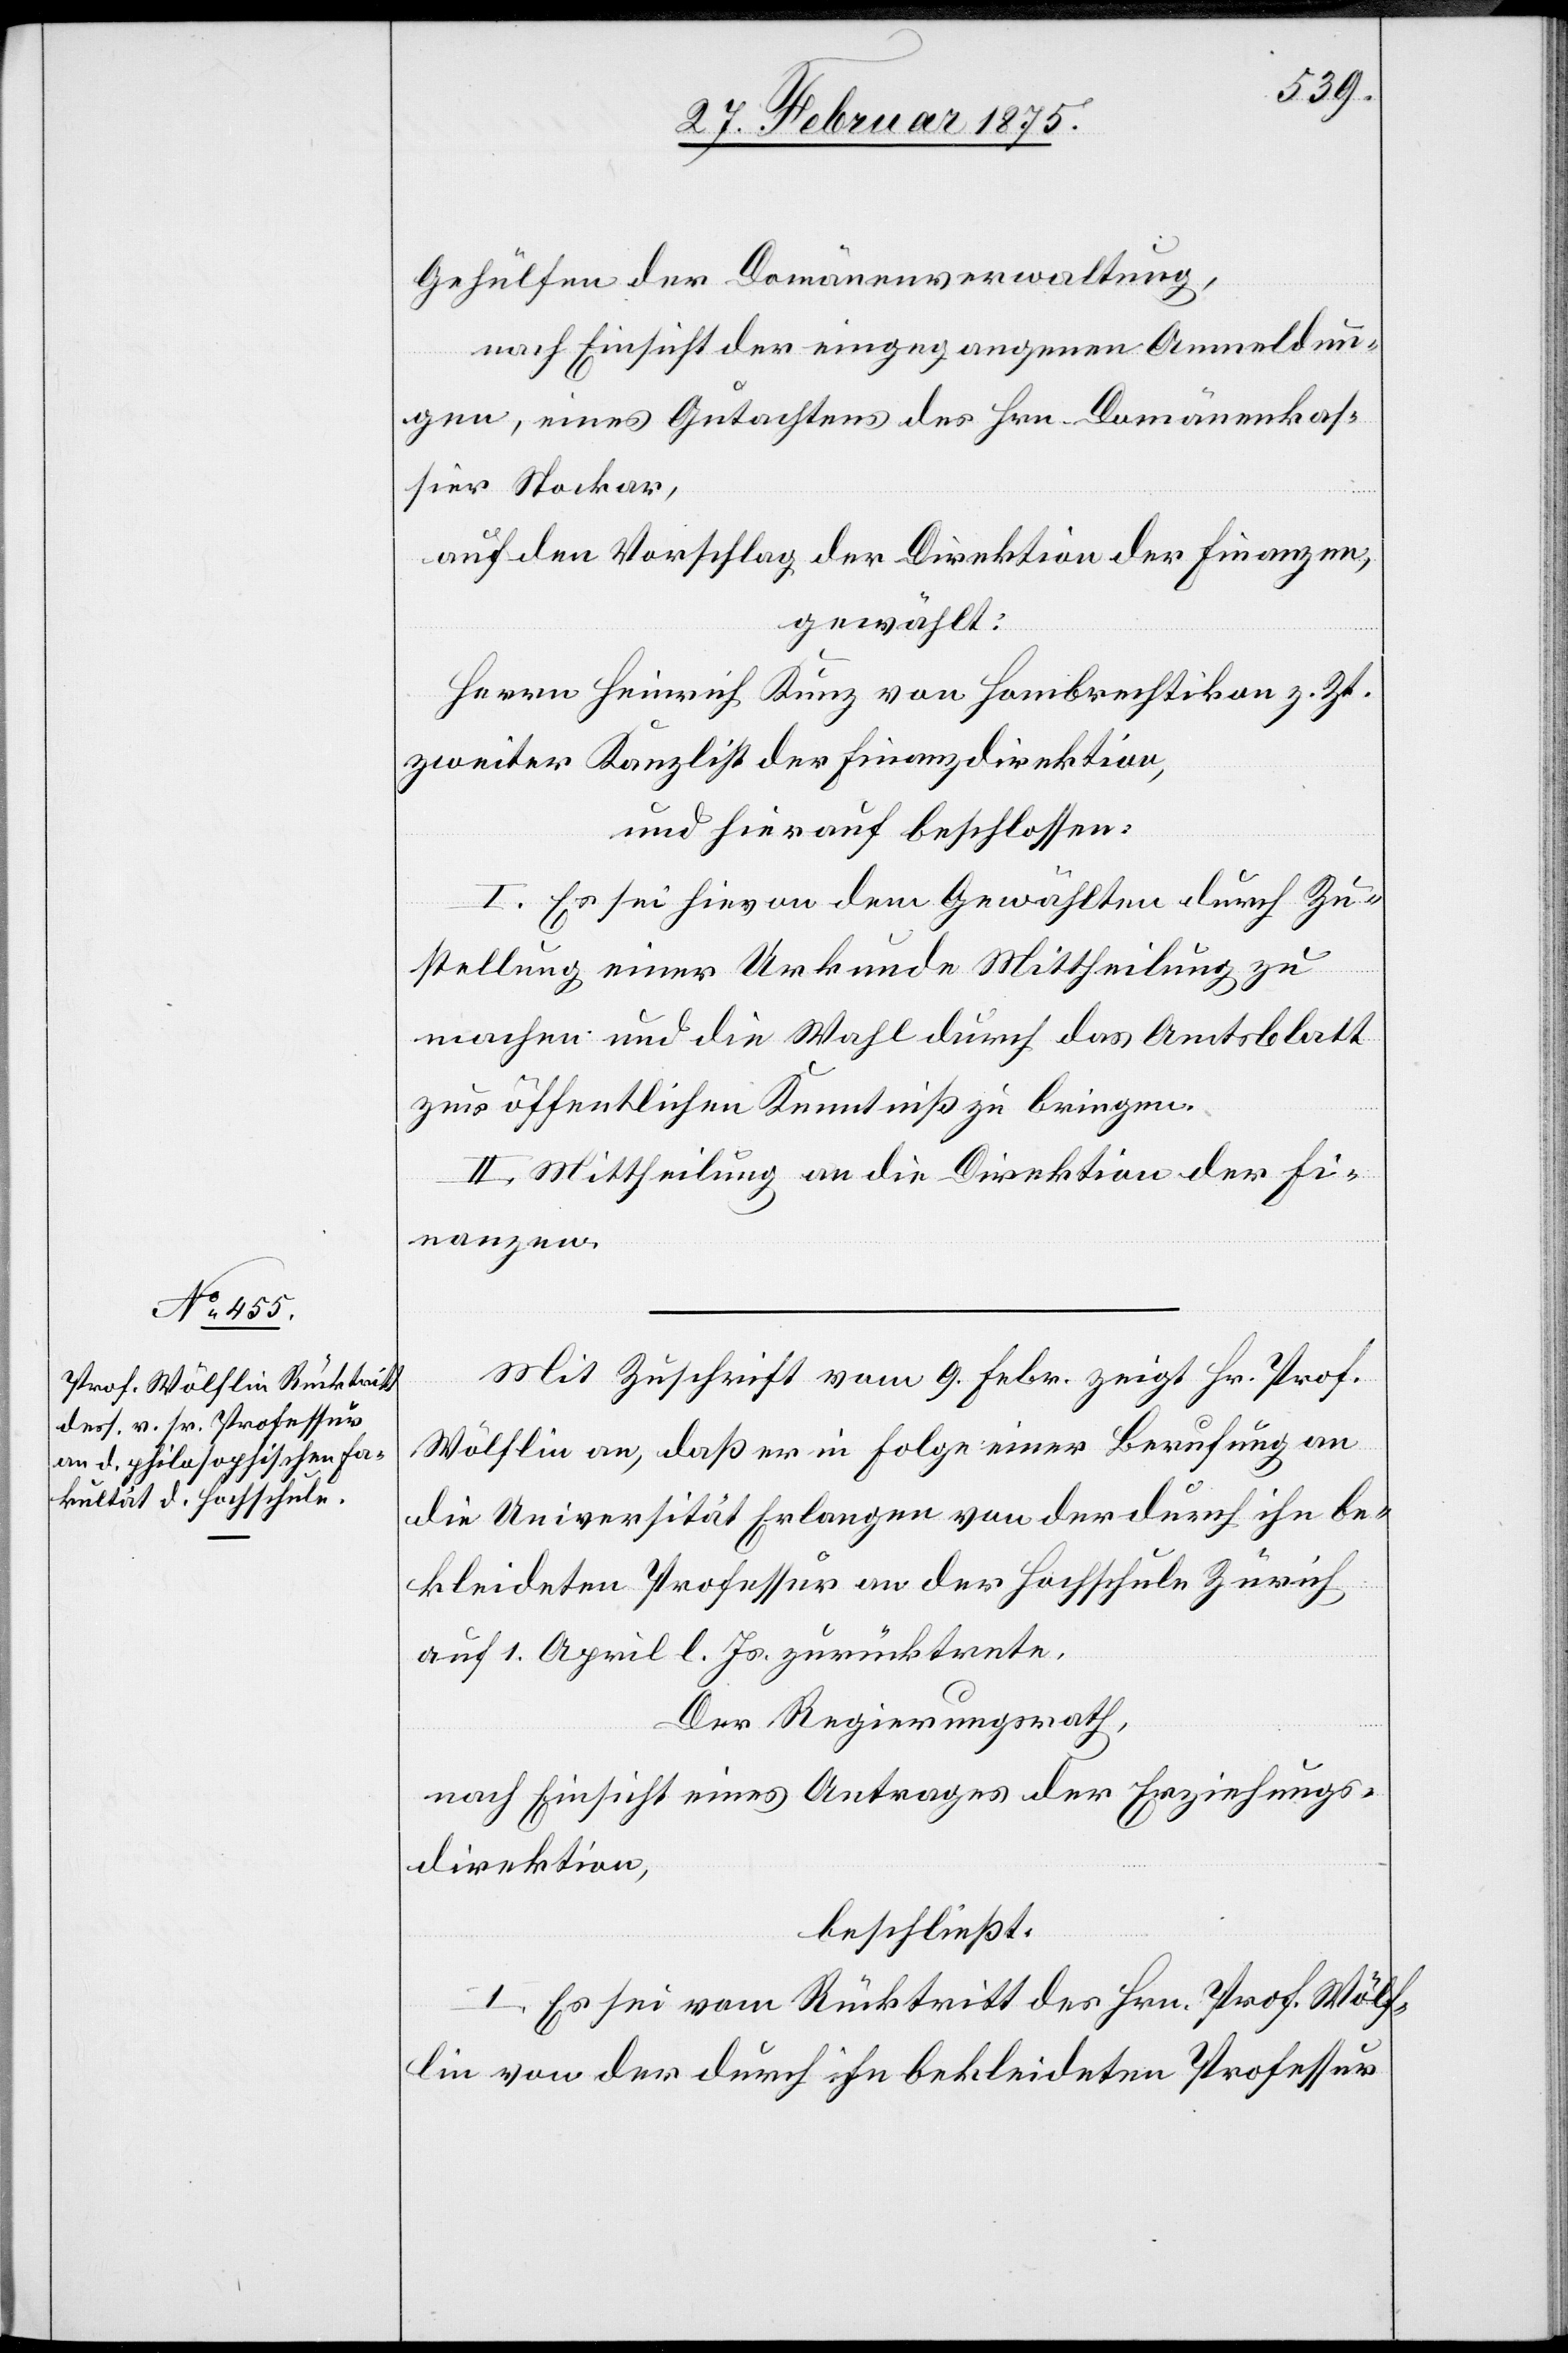
Gehülfen der Domänenverwaltung,
nach Einsicht der eingegangenen Anmeldun¬
gen, eines Gutachtens des Hrn. Domänenkas¬
sier Stockar,
auf den Vorschlag der Direktion der Finanzen,
gewählt:
Herrn Heinrich Kunz von Hombrechtikon z. Zt.
zweiter Kanzlist der Finanzdirektion,
und hierauf beschlossen:
I. Es sei hievon dem Gewählten durch Zu¬
stellung einer Urkunde Mittheilung zu
machen und die Wahl durch das Amtsblatt
zur öffentlichen Kenntniß zu bringen.
II. Mittheilung an die Direktion der Fi¬
nanzen.
Mit Zuschrift vom 9. Febr. zeigt Hr. Prof.
Wölflin an, daß er in Folge einer Berufung an
die Universität Erlangen von der durch ihn be¬
kleideten Professur an der Hochschule Zürich
auf 1. April l. Js. zurücktrete.
Der Regierungsrath,
nach Einsicht eines Antrages der Erziehungs¬
direktion,
beschließt:
I. Es sei vom Rücktritt des Hrn. Prof. Wölf¬
lin von der durch ihn bekleideten Professur